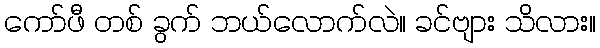
ကော်ဖီ တစ် ခွက် ဘယ်လောက်လဲ။ ခင်ဗျား သိလား။